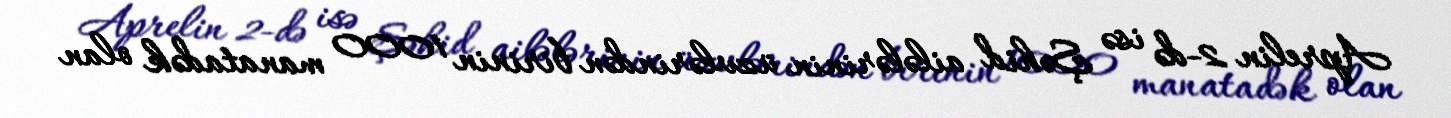
Aprelin 2-də isə Şəhid ailələrinin üzvlərindən birinin 1000 manatadək olan